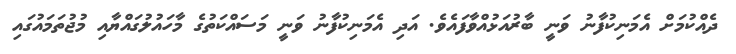
ދެއްކުމަށް އެމަނިކުފާނު ވަނީ ބާރުއަޅުއްވާފައެވެ. އަދި އެމަނިކުފާނު ވަނީ މަސައްކަތުގެ މާހައުލުގައްޔާއި މުޖުތަމައުގައި